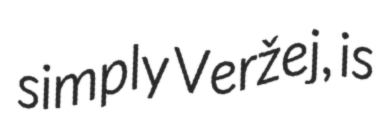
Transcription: simply Veržej, is